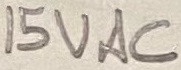
Text: 15VAC